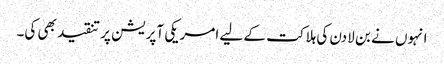
انہوں نے بن لادن کی ہلاکت کے لیے امریکی آپریشن پر تنقید بھی کی۔